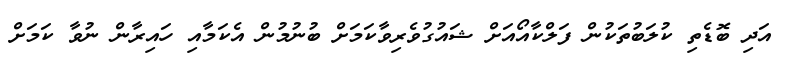
އަދި ބޮޑެތި ކުލަބުތަކުން ފަލްކާއޯއަށް ޝައުގުވެރިވާކަމަށް ބުނުމުން އެކަމާއި ހައިރާން ނުވާ ކަމަށް